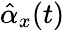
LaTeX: \hat{\alpha}_{x}(t)